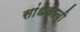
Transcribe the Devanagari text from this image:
सांधकाची